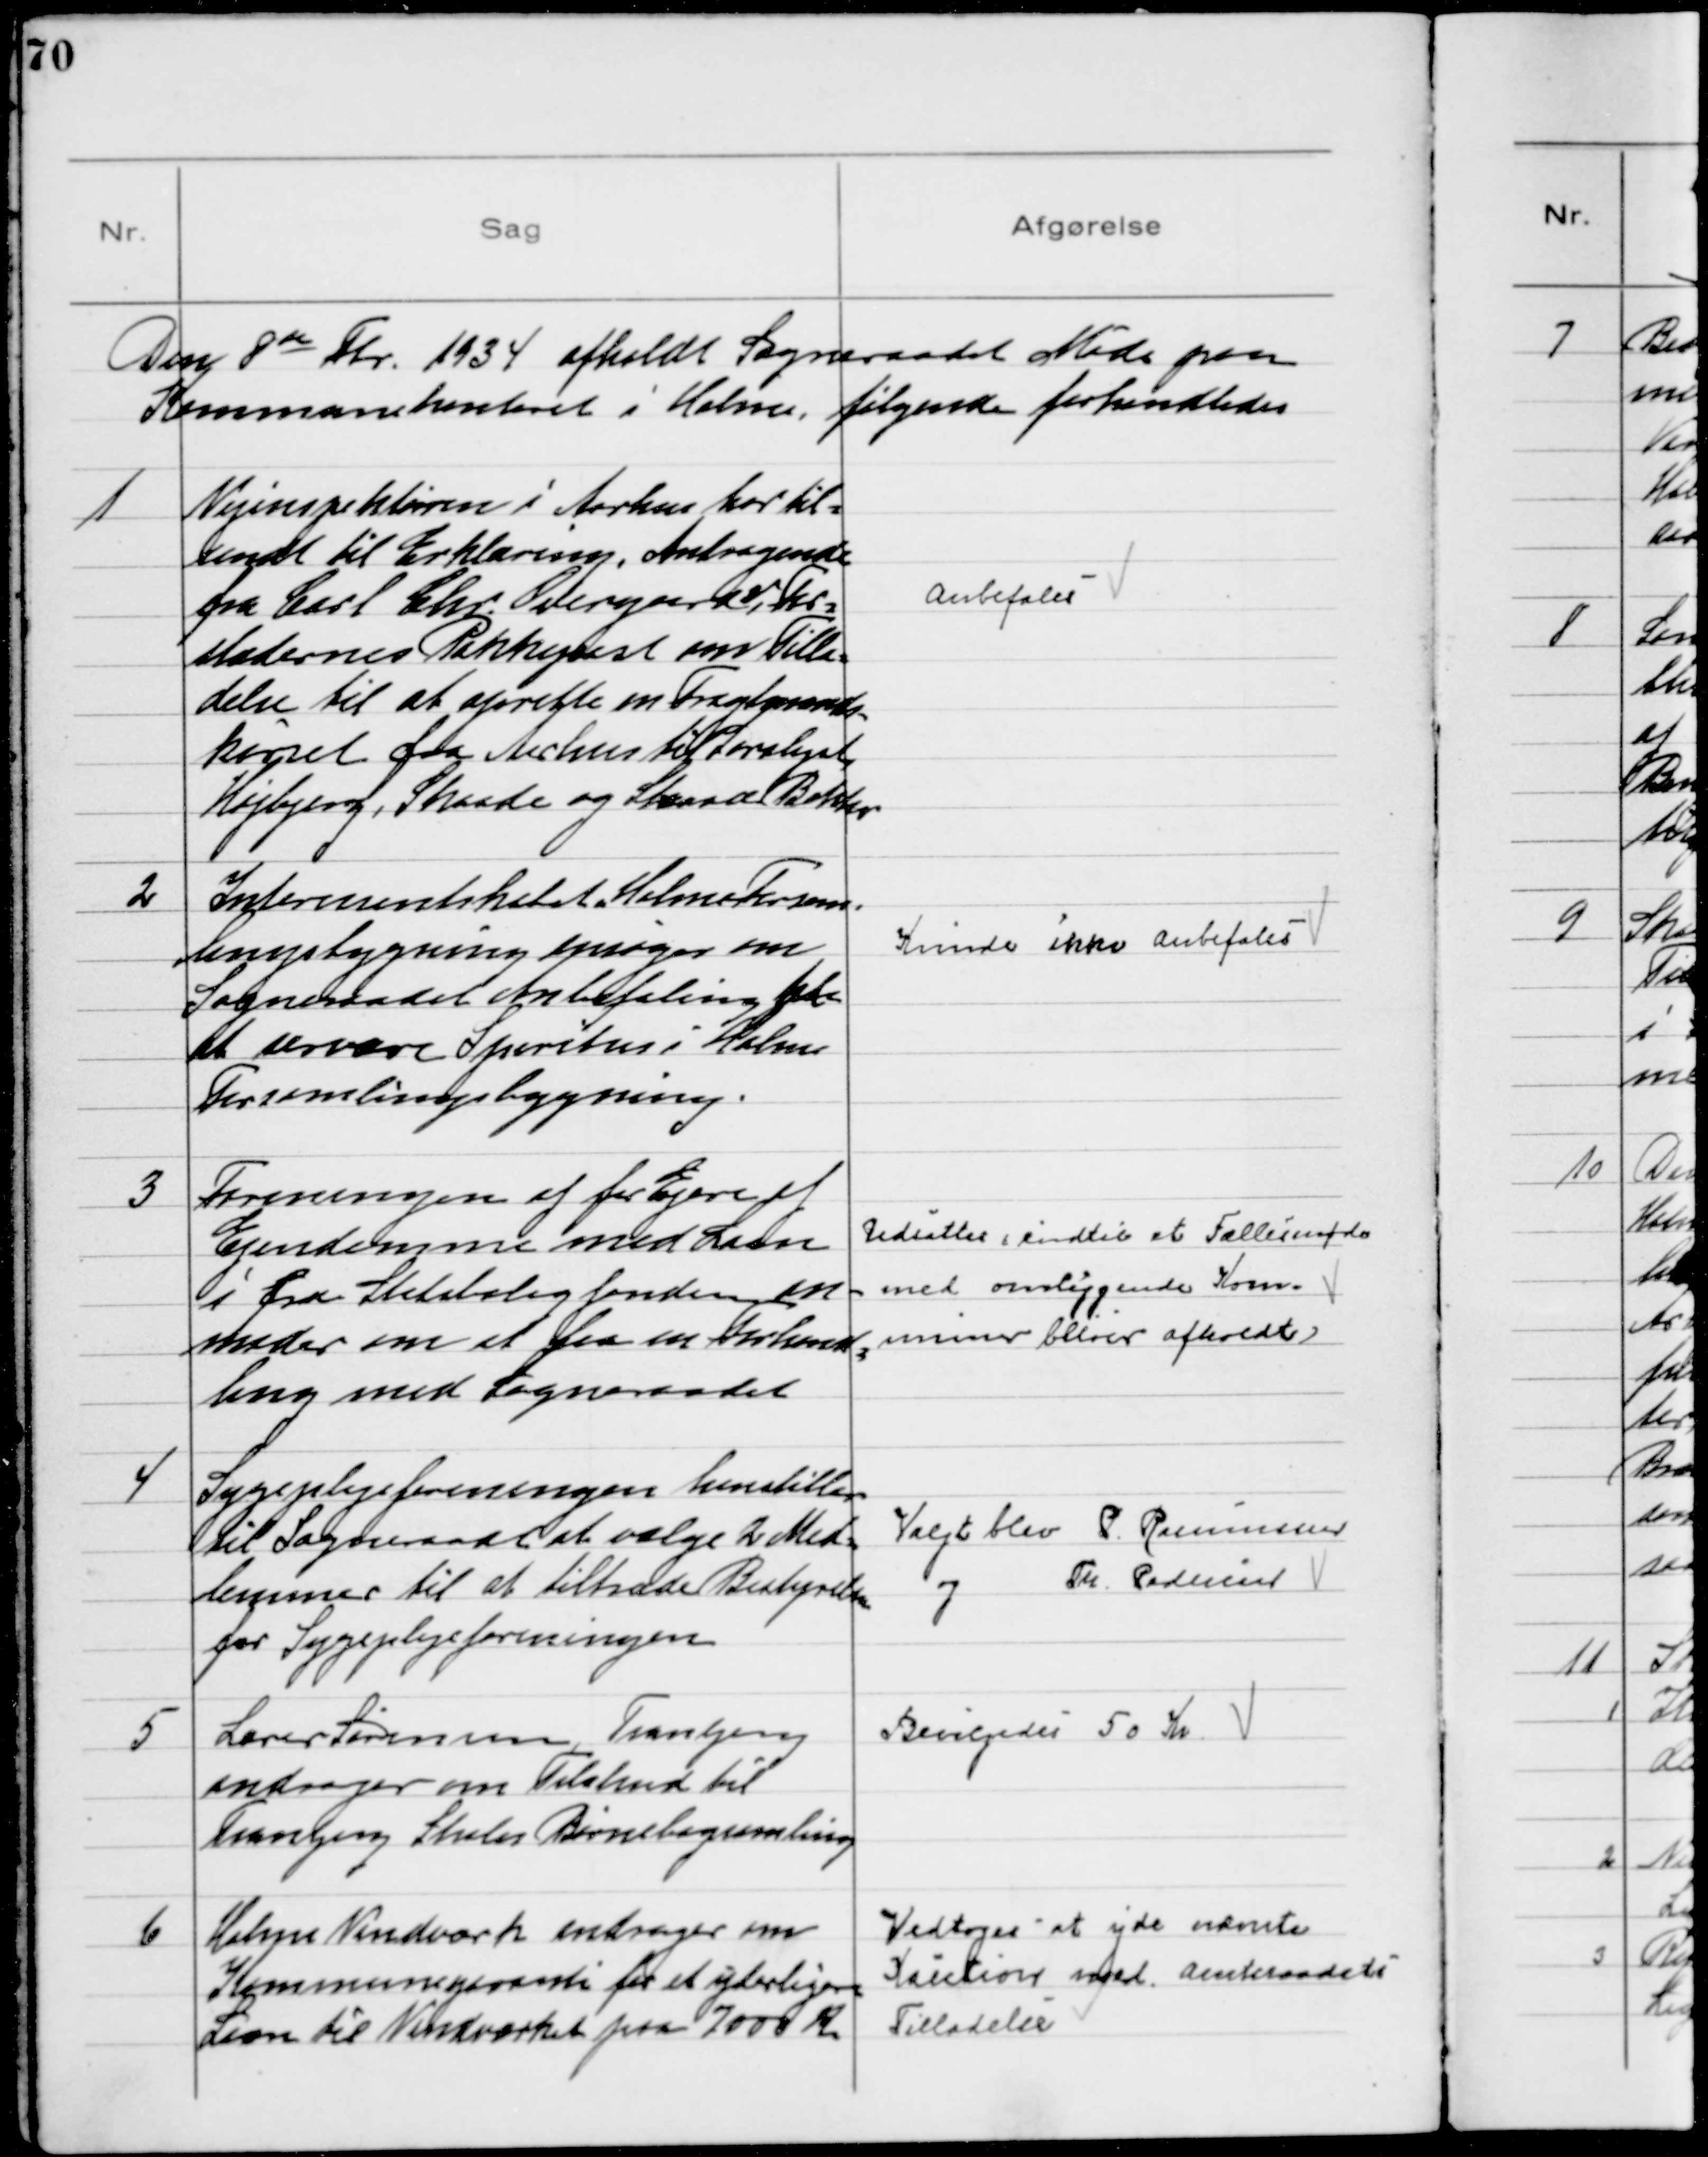
Transskription:
Den 8de Fbr. 1934 afholdt Sogneraadet Møde paa
Kommunekontoret i Holme, følgende forhandledes

1
Vejinspektøren i Aarhus har til-
sendt til Erklæring, Andragende
fra Carl Chr. Østergaard v, For-
stædernes Pakkepost om Tilla-
delse til at oprette en Fragtmand-
kørsel fra Aarhus til Saralyst,
Højbjerg, Skaade og Skaade Bakker

Anbefales

2
Interessentskabet Holme Forsam-
lingsbygning ansøger om
Sogneraadets Anbefaling til
at servere Spiritus i Holme
Forsamlimgsbygning.

Kunde ikke Anbefales

3
Foreningen af  Ejere af
Ejendomme med Laan
i fra Statsboligfonden an-
moder om at faa en Forhand-
ling med Sogneraadet

Udsattes indtil et Fællesmøde
med omliggende Kom-
muner bliver afholdt

4
Sygeplejeforeningen henstiller
til Sogneraadet at vælge 2 Med-
lemmer til at tiltræde Bestyrelsen
for Sygeplejeforeningen

Valgt blev P. Rasmussen
og Th. Pedersen

5
Lærer Sørensen Tranbjerg
andrager om Tilskud til
Tranbjerg Skoles Børnebogsamling

Bevilgedes 50 Kr.

6
Holme Vandværk andrager om
Kommunegaranti for et yderligere
Laan til Vandværket paa 7000 Kr

Vedtoges at yde nævnte
Kaution med Amtsraadets
Tilladelse